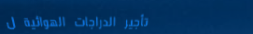
تأجير الدراجات الهوائية ل